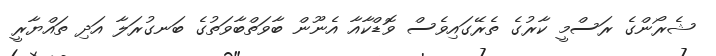
ޝެރޯންގެ ރަސްމީ ކާރުގެ ތެރޭގައިވެސް ވޮޑްކާއާ އެނޫން ބާވަތްބާވަތުގެ ބަނގުރަލާ އަދި ތައްޔާރީ